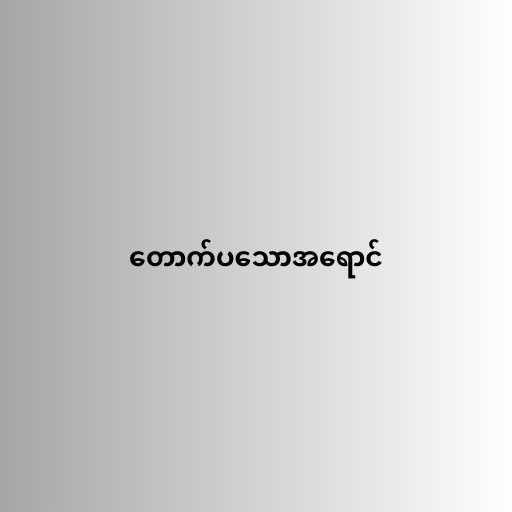
တောက်ပသောအရောင်